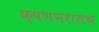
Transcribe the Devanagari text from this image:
क्षणभरातच